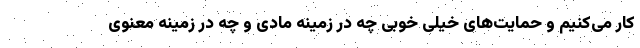
کار می‌کنیم و حمایت‌های خیلی خوبی چه در زمینه مادی و چه در زمینه معنوی